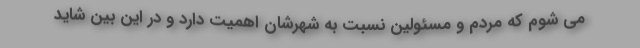
می شوم که مردم و مسئولین نسبت به شهرشان اهمیت دارد و در این بین شاید